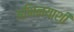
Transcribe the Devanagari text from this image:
अभिनयाशी